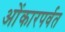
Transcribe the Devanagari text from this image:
ओंकारपर्वत